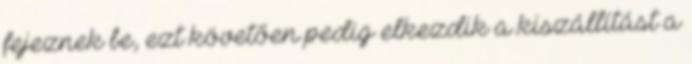
fejeznek be, ezt követően pedig elkezdik a kiszállítást a